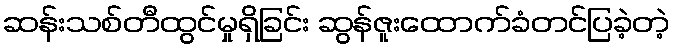
ဆန်းသစ်တီထွင်မှုရှိခြင်း ဆွန်ဇူးထောက်ခံတင်ပြခဲ့တဲ့